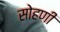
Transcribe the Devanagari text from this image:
सोहणी